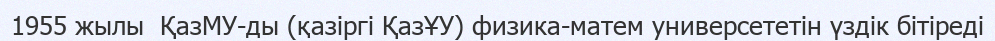
1955 жылы  ҚазМУ-ды (қазіргі ҚазҰУ) физика-матем универсететін үздік бітіреді